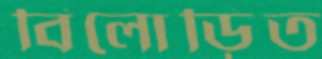
বিলোড়িত